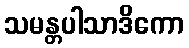
သမန္တပါသာဒိကော